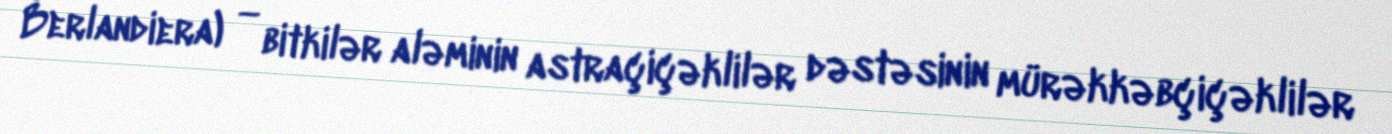
Berlandiera) — bitkilər aləminin astraçiçəklilər dəstəsinin mürəkkəbçiçəklilər